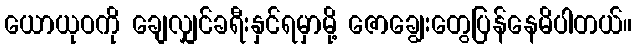
ယောယုဝကို ချေလျှင်ခရီးနှင်ရမှာမို့ ဇောချွေးတွေပြန်နေမိပါတယ်။